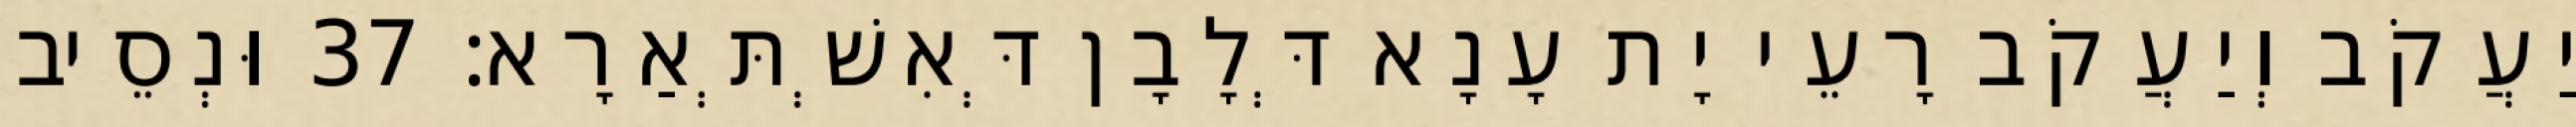
יַעֲקֹב וְיַעֲקֹב רָעֵי יָת עָנָא דְּלָבָן דְּאִשְׁתְּאַרָא׃ 37 וּנְסֵיב